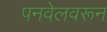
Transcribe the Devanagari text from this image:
पनवेलवरून